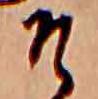
そ